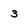
Character: 3